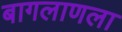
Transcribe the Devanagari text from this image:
बागलाणला